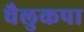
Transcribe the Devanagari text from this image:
चैलुकपा